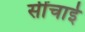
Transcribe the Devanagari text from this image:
सींचाई